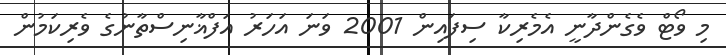
މި ވޯޓް ވެގެންދާނީ އެމެރިކާ ސިފައިން 2001 ވަނަ އަހަރު އަފްޣާނިސްތާނުގެ ވެރިކަމުން